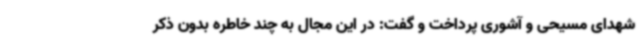
شهدای مسیحی و آشوری پرداخت و گفت: در این مجال به چند خاطره بدون ذکر